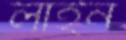
লাইন